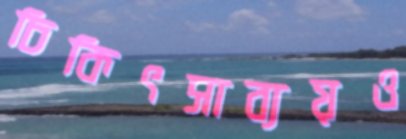
চিকিৎসাব্যয়ও